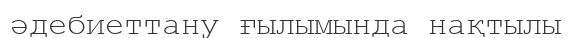
әдебиеттану ғылымында нақтылы